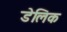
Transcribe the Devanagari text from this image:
डेलिक